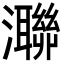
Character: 㶌